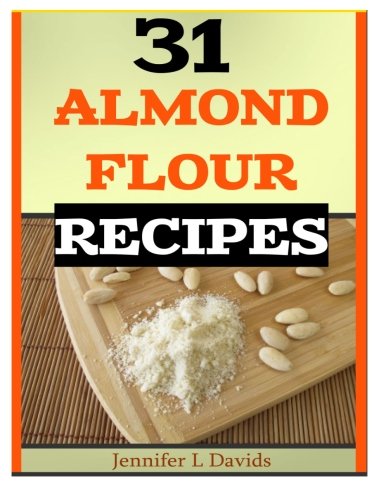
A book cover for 31 Almond Flour Recipes: Recipes that Work With Almond Flour; Jinnfer L Davids; Cookbooks, Food & Wine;